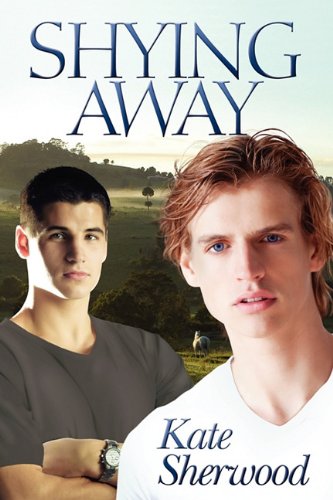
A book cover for Shying Away; Kate Sherwood; Romance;